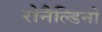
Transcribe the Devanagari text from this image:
रोनैल्डिनो